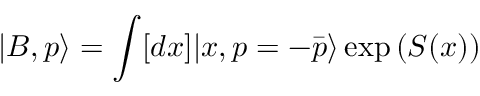
| B , p \rangle = \int [ d x ] | x , p = - \bar { p } \rangle \exp { \left( S ( x ) \right) }